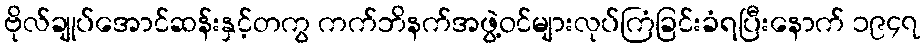
ဗိုလ်ချုပ်အောင်ဆန်းနှင့်တကွ ကက်ဘိနက်အဖွဲ့ဝင်များလုပ်ကြံခြင်းခံရပြီးနောက် ၁၉၄၇